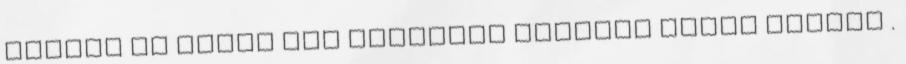
írható le angol ABC betűivel angolul GYULA GABRIS .